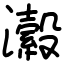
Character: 瀫